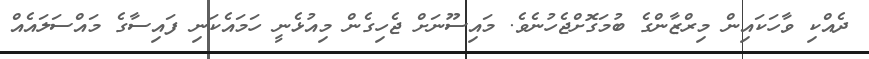
ދެއްކި ވާހަކައިން މިރްޒާންގެ ބުމަގޮށްޖެހުނެވެ. މައިސޫނަށް ޖެހިގެން މިއުޅެނީ ހަމައެކަނި ފައިސާގެ މައްސަލައެއް